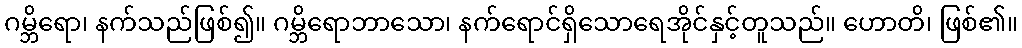
ဂမ္ဘိရော၊ နက်သည်ဖြစ်၍။ ဂမ္ဘိရောဘာသော၊ နက်ရောင်ရှိသောရေအိုင်နှင့်တူသည်။ ဟောတိ၊ ဖြစ်၏။